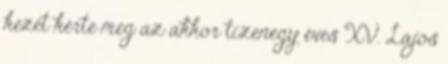
kezét kérte meg az akkor tizenegy éves XV. Lajos